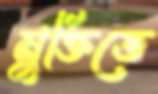
মুক্তিতে